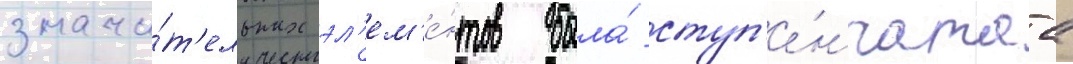
значи́т'ельных эл'ем'е́нтов была́ ступ'е́нчатаа